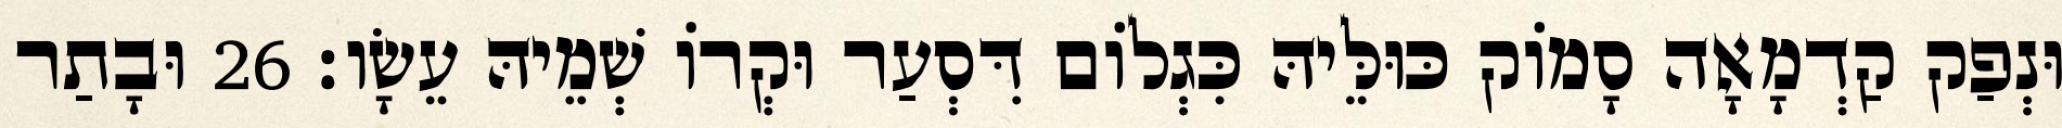
וּנְפַק קַדְמָאָה סָמוֹק כּוּלֵּיהּ כִּגְלוֹם דִּסְעַר וּקְרוֹ שְׁמֵיהּ עֵשָׂו׃ 26 וּבָתַר